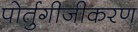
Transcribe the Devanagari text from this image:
पोर्तुगीजीकरण